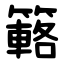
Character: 簵